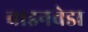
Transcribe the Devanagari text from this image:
वाइनवेडा